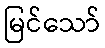
မြင်သော်